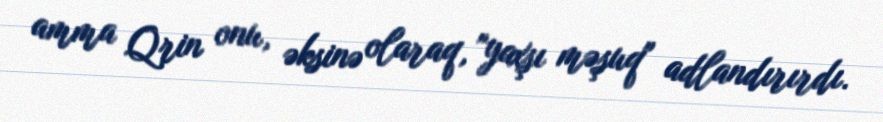
amma Qrin onu, əksinə olaraq, "yaxşı məşuq" adlandırırdı.